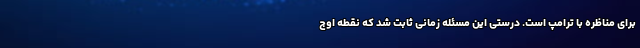
برای مناظره با ترامپ است. درستی این مسئله زمانی ثابت شد که نقطه اوج